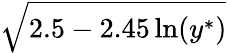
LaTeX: \sqrt{2.5-2.45\ln(y^{\ast})}